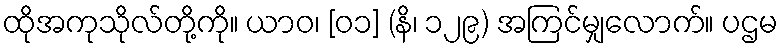
ထိုအကုသိုလ်တို့ကို။ ယာဝ၊ [၀၁] (နိ၊ ၁၂၉) အကြင်မျှလောက်။ ပဌမ